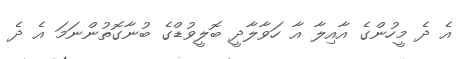
އެ ދެ މީހުންގެ އާއިލާ އާ ހަވާލާދީ ބޮލީވުޑްގެ ބުނާގޮތުންނަމަ އެ ދެ